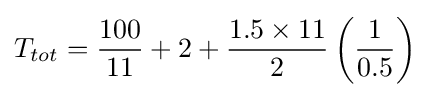
T_{tot}={\frac {100}{11}}+2+{\frac {1.5\times 11}{2}}\left({\frac {1}{0.5}}\right)